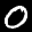
Label: 0